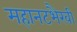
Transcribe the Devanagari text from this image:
महानटभैरवी